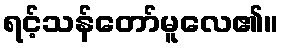
ရင့်သန်တော်မူလေ၏။